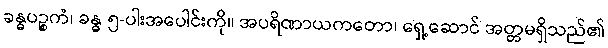
ခန္ဓပဉ္စကံ၊ ခန္ဓ ၅-ပါးအပေါင်းကို။ အပရိဏာယကတော၊ ရှေ့ဆောင် အတ္တမရှိသည်၏